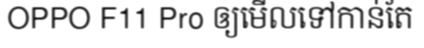
OPPO F11 Pro ឲ្យមើលទៅកាន់តែ